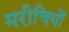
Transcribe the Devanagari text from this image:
मरीचियों